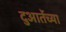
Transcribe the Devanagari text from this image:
दुआर्तेच्या